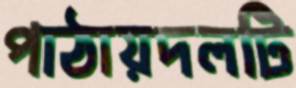
পাঠায়দলটি